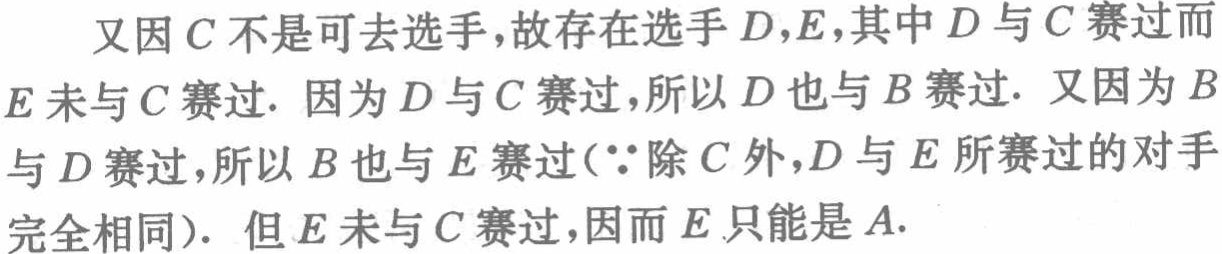
又因\(C\)不是可去选手，故存在选手\(D,E\)，其中\(D\)与\(C\)赛过而\(E\)未与\(C\)赛过. 因为\(D\)与\(C\)赛过，所以\(D\)也与\(B\)赛过. 又因为\(B\)与\(D\)赛过，所以\(B\)也与\(E\)赛过(\(\because\)除\(C\)外，\(D\)与\(E\)所赛过的对手完全相同). 但\(E\)未与\(C\)赛过，因而\(E\)只能是\(A\).